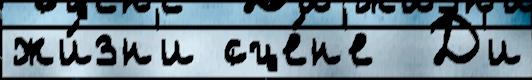
жи́зн'и сце́н'е  Д'и